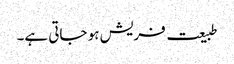
طبیعت فریش ہو جاتی ہے۔